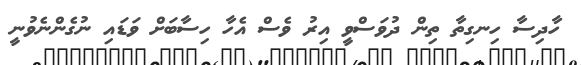
ހާދިސާ ހިނގިތާ ތިން ދުވަސްވީ އިރު ވެސް އެހާ ހިސާބަށް ވަޑައި ނުގެންނެވުނީ